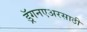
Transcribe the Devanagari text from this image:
ड्रॅगनएअरसाठी